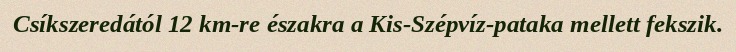
Csíkszeredától 12 km-re északra a Kis-Szépvíz-pataka mellett fekszik.